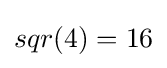
sqr(4)=16